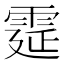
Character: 𩃀